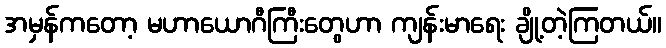
အမှန်ကတော့ မဟာယောဂီကြီးတွေဟာ ကျန်းမာရေး ချို့တဲ့ကြတယ်။